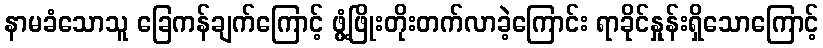
နာမခံသောသူ ခြေကန်ချက်ကြောင့် ဖွံ့ဖြိုးတိုးတက်လာခဲ့ကြောင်း ရာခိုင်နှုန်းရှိသောကြောင့်